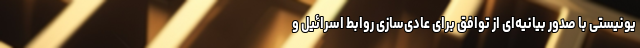
یونیستی با صدور بیانیه‌ای از توافق برای عادی‌سازی روابط اسرائیل و